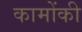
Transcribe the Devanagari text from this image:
कामोंकी